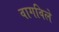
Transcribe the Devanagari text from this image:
वागविले